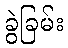
ခွဲခြမ်း